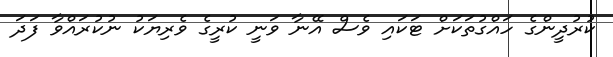
ކުރުދީންގެ ހައްގުތަކަށް ޓަކައި ވެސް އޭނާ ވަނީ ކުރީގެ ވެރިޔަކު ނުކުރައްވާ ފަދަ